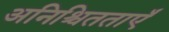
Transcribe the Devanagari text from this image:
अनिश्चितताएँ